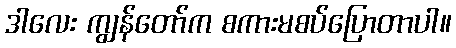
ဒါလေး ကျွန်တော်က စကားမစပ်ပြောတာပါ။